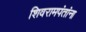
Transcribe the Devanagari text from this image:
शिवरामपंतांना